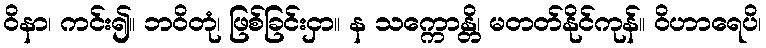
ဝိနာ၊ ကင်း၍။ ဘဝိတုံ၊ ဖြစ်ခြင်းငှာ။ န သက္ကောန္တိ၊ မတတ်နိုင်ကုန်။ ဝိဟာရေပိ၊